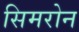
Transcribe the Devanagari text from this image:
सिमरोन